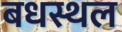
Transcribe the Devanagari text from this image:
बधस्थल